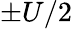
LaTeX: \pm U/2